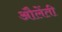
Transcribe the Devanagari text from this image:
औलेंती